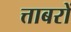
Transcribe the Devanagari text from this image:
त्ताबरों